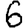
Digit: 6